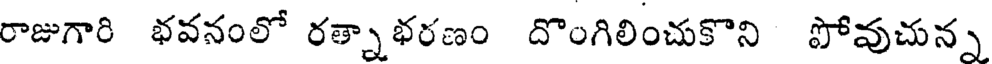
రాజుగారి భవనంలో రత్నాభరణం దొంగిలించుకొని పోవుచున్న